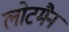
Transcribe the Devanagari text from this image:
लोटमैन